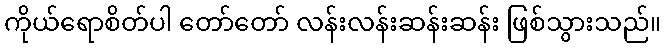
ကိုယ်ရောစိတ်ပါ တော်တော် လန်းလန်းဆန်းဆန်း ဖြစ်သွားသည်။